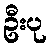
ဦးပု